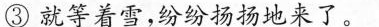
③就等着雪，纷纷扬扬地来了。